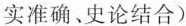
实准确、史论结合)